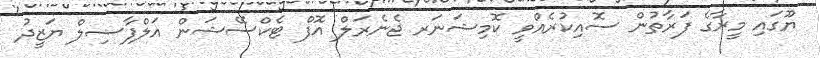
ޔޫގައި މީރާގެ ފަރާތުން ސޮއިކުރެއްވީ ކޮމިޝަނަރ ޖެނެރަލް އޮފް ޓެކްސޭޝަން އަލްފާޟިލް ޔަޒީދު